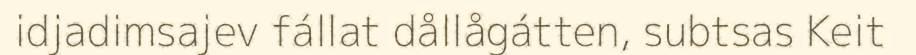
idjadimsajev fállat dållågátten, subtsas Keit